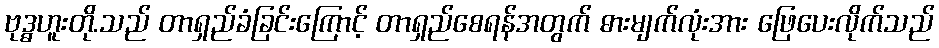
ဗုဒ္ဓဟူးတို.သည် တာရှည်ခံခြင်းကြောင့် တာရှည်စေရန်အတွက် ဓားမျက်လုံးအား ဖြေပေးလိုက်သည်